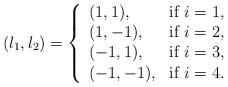
LaTeX: \begin{align*}(l_1,l_2) = \left\{\begin{array}{lll}(1,1), & \hbox{if $i=1$,} \\(1,-1), & \hbox{if $i=2$,} \\(-1,1), & \hbox{if $i=3$,} \\(-1,-1), & \hbox{if $i=4$.}\end{array}\right.\end{align*}